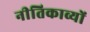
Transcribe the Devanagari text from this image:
नीतिकाव्यों